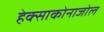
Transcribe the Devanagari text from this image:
हेक्‍साकोनाजोल